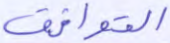
التوافق